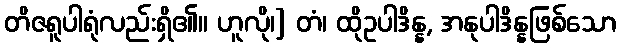
တိဇရူပါရုံလည်းရှိ၏။ ဟူလို၊] တံ၊ ထိုဥပါဒိန္န, အနုပါဒိန္နဖြစ်သော